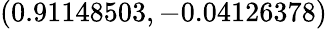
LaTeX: (0.91148503,-0.04126378)